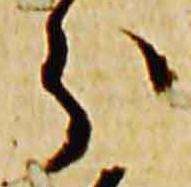
分